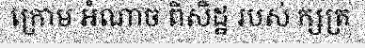
ក្រោម អំណាច ពិសិដ្ឋ របស់ ក្សត្រ